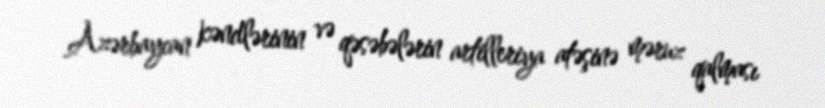
Azərbaycan kəndlərinin və qəsəbələrin artilleriya atəşinə məruz qalması